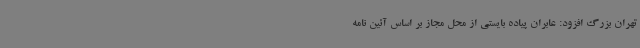
تهران بزرگ افزود: عابران پیاده بایستی از محل مجاز بر اساس آئین نامه